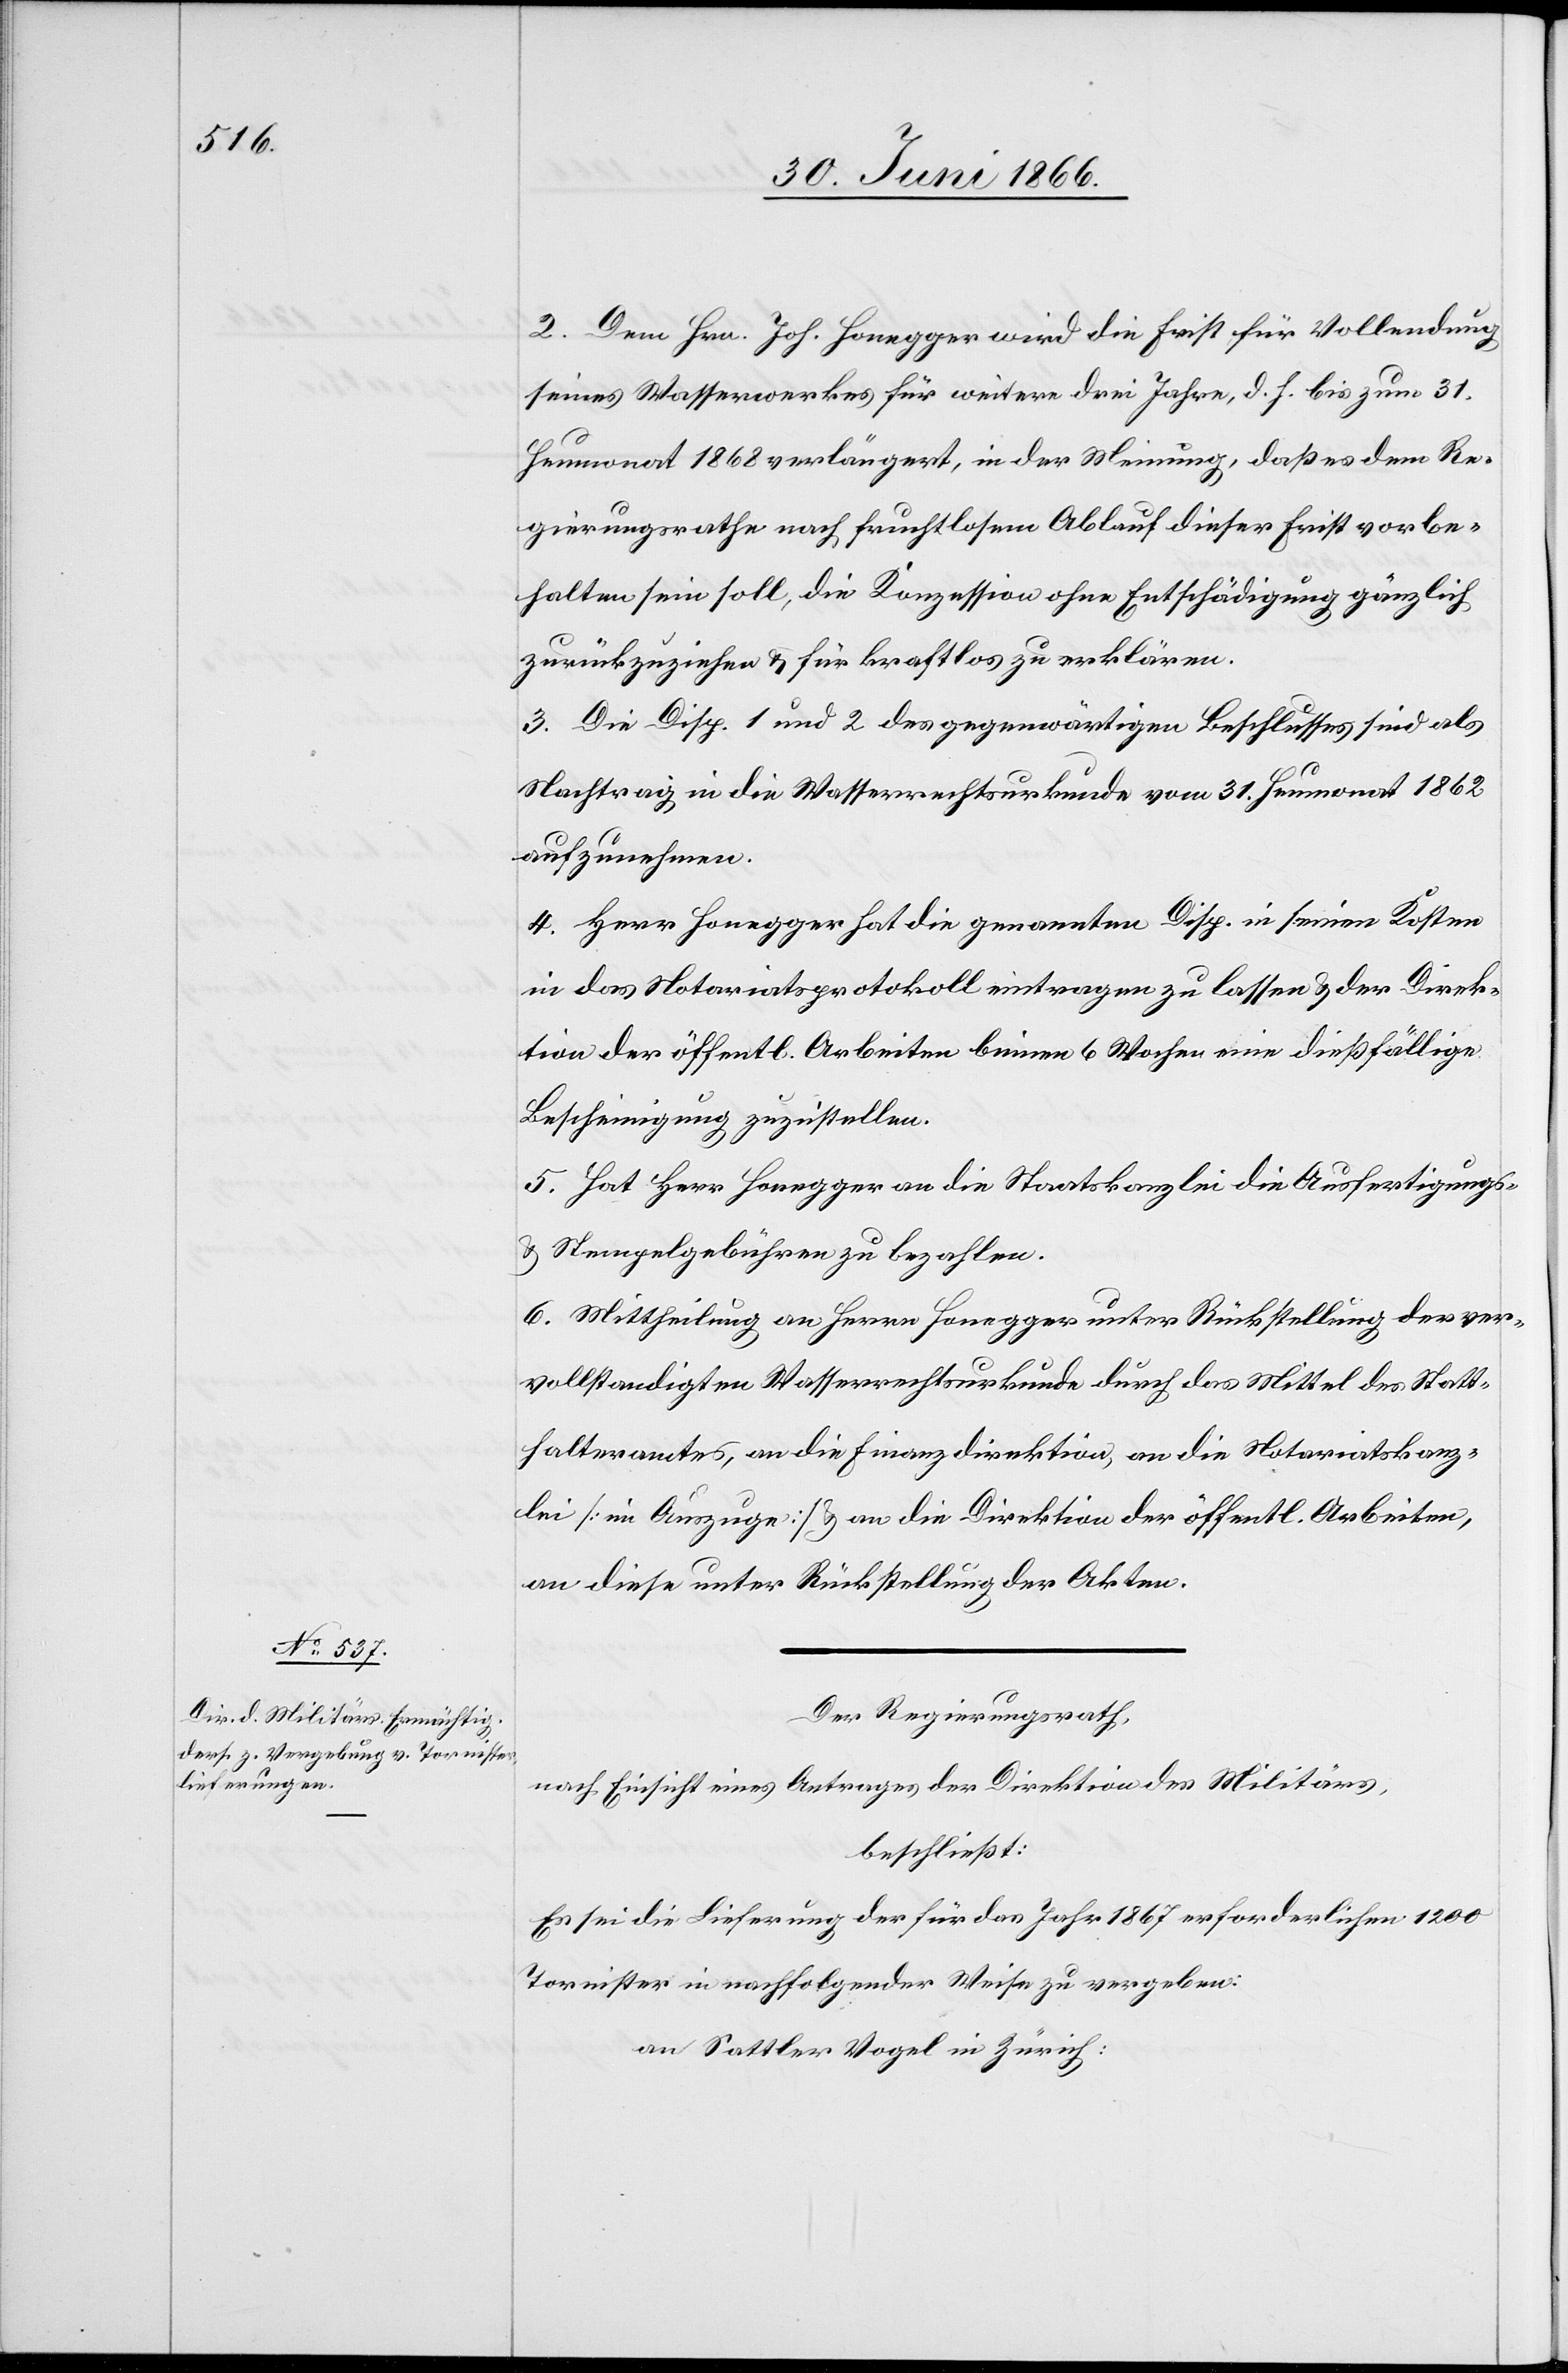
2. Dem Hrn. Joh. Honegger wird die Frist für Vollendung
seines Wasserwerkes für weitere drei Jahre, d. h. bis zum 31.
Heumonat 1868 verlängert, in der Meinung, daß es dem Re¬
gierungsrathe nach fruchtlosem Ablauf dieser Frist vorbe¬
halten sein soll, die Konzession ohne Entschädigung gänzlich
zurückzuziehen u. für kraftlos zu erklären.
3. Die Disp. 1 und 2 des gegenwärtigen Beschlusses sind als
Nachtrag in die Wasserrechtsurkunde vom 31. Heumonat 1862
aufzunehmen.
4. Herr Honegger hat die genannten Disp. in seinen Kosten
in das Notariatsprotokoll eintragen zu lassen u. der Direk¬
tion der öffentl. Arbeiten binnen 6 Wochen eine dießfällige
Bescheinigung zuzustellen.
5. Hat Herr Honegger an die Staatskanzlei die Ausfertigungs-
u. Stempelgebühren zu bezahlen.
6. Mittheilung an Herrn Honegger unter Rückstellung der ver¬
vollständigten Wasserrechtsurkunde durch das Mittel des Statt¬
halteramtes, an die Finanzdirektion, an die Notariatskanz¬
lei [im Auszuge] u. an die Direktion der öffentl. Arbeiten,
an diese unter Rückstellung der Akten.
Der Regierungsrath,
nach Einsicht eines Antrages der Direktion des Militärs,
beschließt:
Es sei die Lieferung der für das Jahr 1867 erforderlichen 1200
Tornister in nachfolgender Weise zu vergeben:
an Sattler Vogel in Zürich: